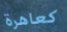
كعاهرة